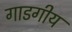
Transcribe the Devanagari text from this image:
गाडगीय